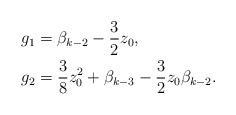
LaTeX: \begin{align*}g_1 &= \beta_{k-2} -\frac{3}{2} z_0, \\g_2 &= \frac{3}{8}z_0^2 + \beta_{k-3} -\frac{3}{2} z_0 \beta_{k-2}.\end{align*}